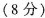
(8分)